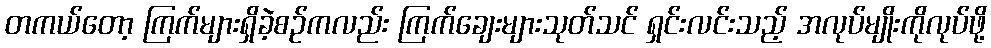
တကယ်တော့ ကြက်များရှိခဲ့စဉ်ကလည်း ကြက်ချေးများသုတ်သင် ရှင်းလင်းသည့် အလုပ်မျိုးကိုလုပ်ဖို့